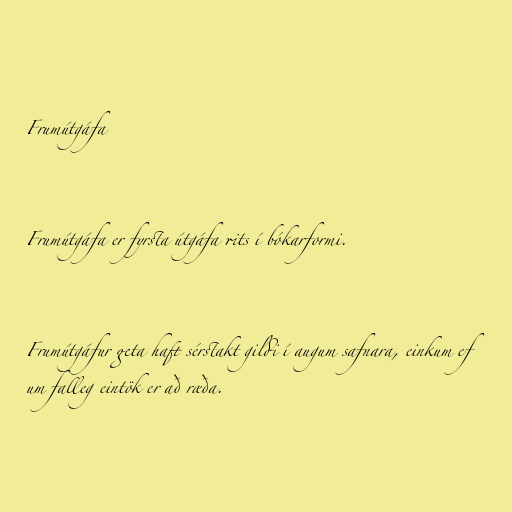
Frumútgáfa

Frumútgáfa er fyrsta útgáfa rits í bókarformi.

Frumútgáfur geta haft sérstakt gildi í augum safnara, einkum ef
um falleg eintök er að ræða.